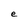
Character: e